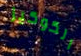
الكوكيز